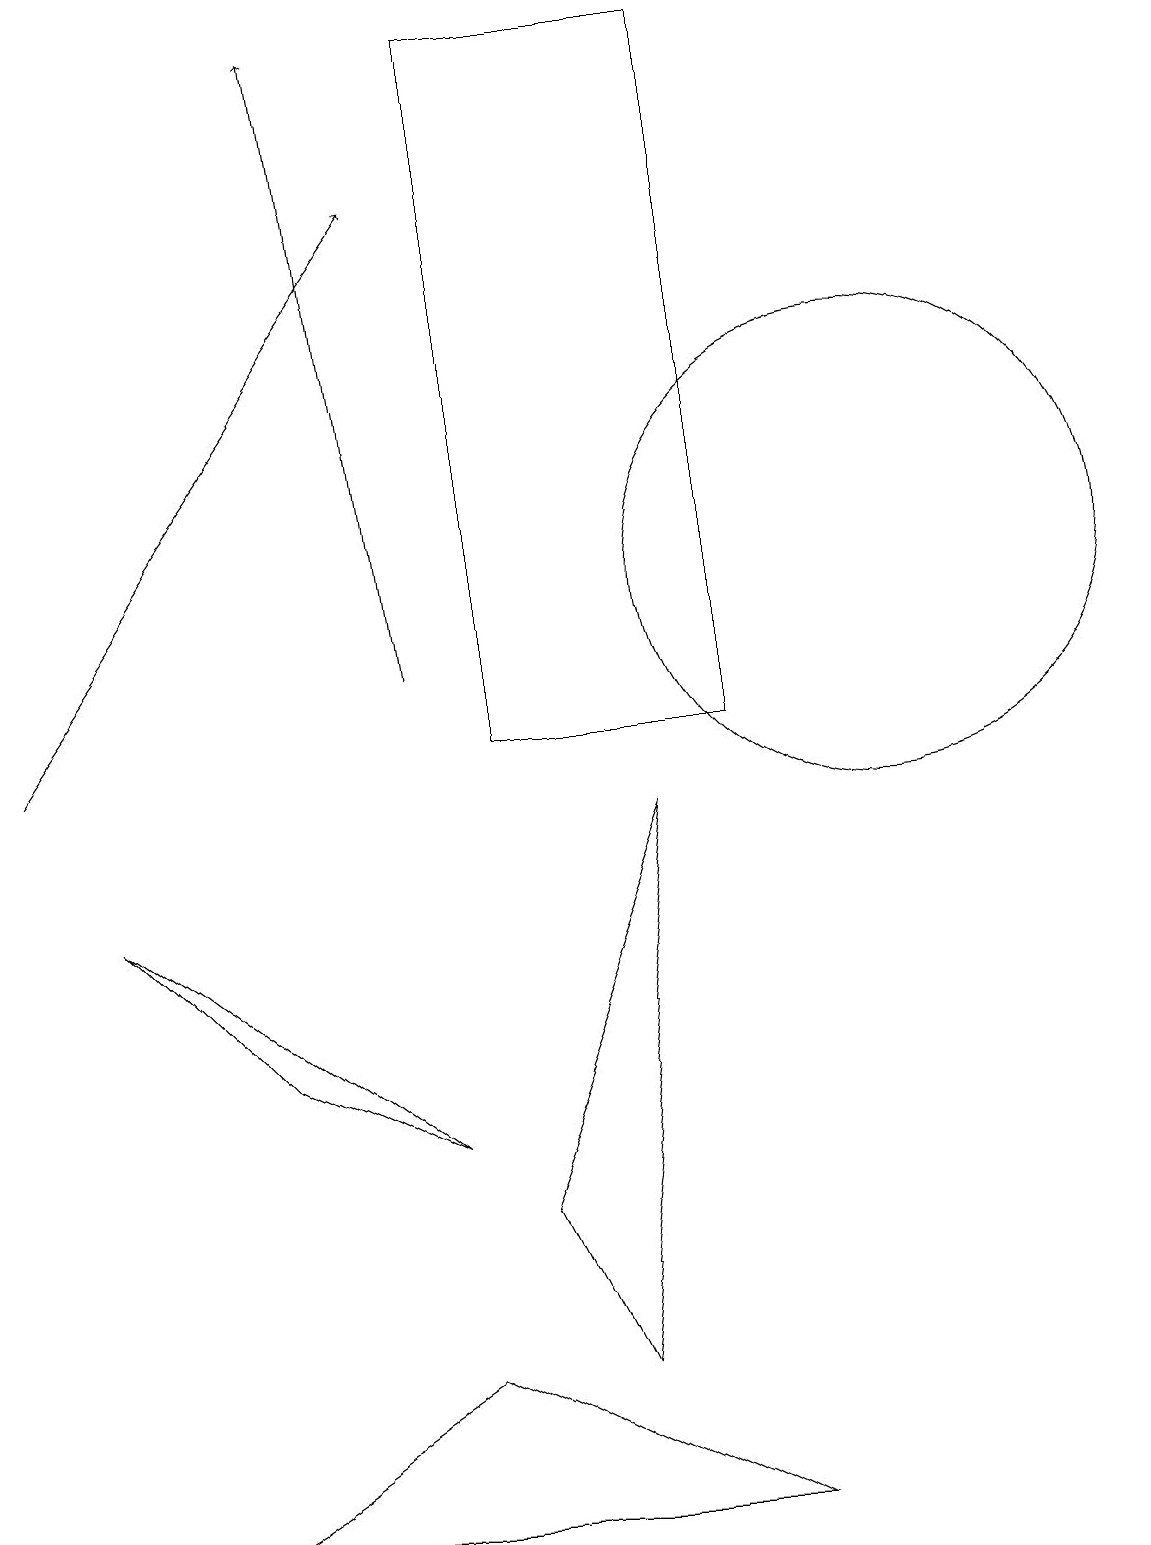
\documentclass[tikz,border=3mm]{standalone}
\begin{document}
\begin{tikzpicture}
\draw[->] (5,11) -- (4,19);
\draw (10,10) circle (0);
\draw (6,4) -- (8,9) -- (7,2) -- cycle;
\draw (3,6) -- (5,5) -- (1,8) -- cycle;
\draw (9,19) rectangle (6,10);
\draw[->] (0,10) -- (5,17);
\draw (11,12) circle (3);
\draw (2,0) -- (5,2) -- (9,0) -- cycle;
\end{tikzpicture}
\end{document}